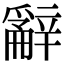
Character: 𨐲